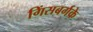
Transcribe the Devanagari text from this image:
गिंसबर्गके